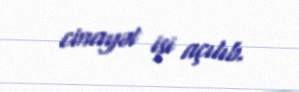
cinayət işi açılıb.